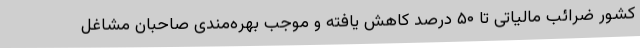
کشور ضرائب مالیاتی تا ۵۰ درصد کاهش یافته و موجب بهره‌مندی صاحبان مشاغل